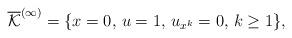
LaTeX: \begin{align*}\overline{\mathcal{K}}^{(\infty)} = \{x=0,\, u=1,\, u_{x^k}=0,\, k\geq 1\},\end{align*}